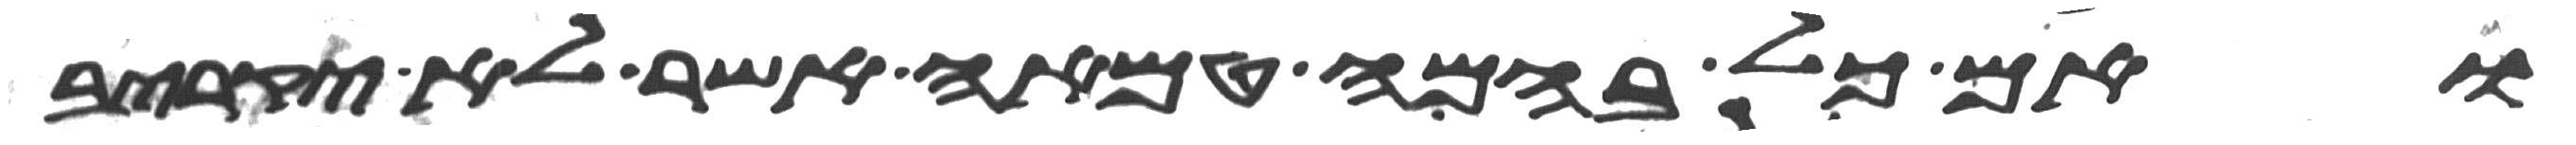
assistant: ואם כל בהמה טמאה אשר לא יקריב